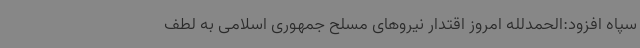
سپاه افزود:الحمدلله امروز اقتدار نیروهای مسلح جمهوری اسلامی به لطف